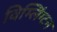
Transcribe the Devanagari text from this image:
विम्लिंग्टन